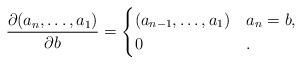
LaTeX: \begin{align*} \frac{\partial (a_n, \ldots, a_1)}{\partial b} =\begin{cases} (a_{n-1}, \ldots, a_1) & a_n = b, \\ 0 & .\end{cases}\end{align*}